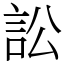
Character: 訟